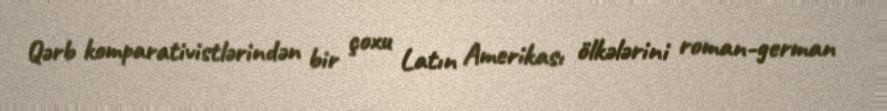
Qərb komparativistlərindən bir çoxu Latın Amerikası ölkələrini roman-german